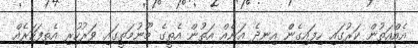
އެއްއަތުން ކަރުގައި ހިފައިގެން އިނދެ އަނެއް އަތުން އެތީގެ މޫނުމަތީގައި ވަރުހުރި އެތިފަހަރެއް